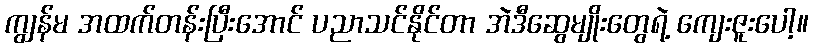
ကျွန်မ အထက်တန်းပြီးအောင် ပညာသင်နိုင်တာ အဲဒီဆွေမျိုးတွေရဲ့ ကျေးဇူးပေါ့။